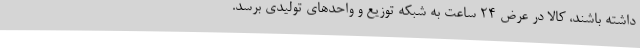
داشته باشند، کالا در عرض 24 ساعت به شبکه توزیع و واحدهای تولیدی برسد.